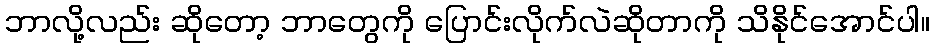
ဘာလို့လည်း ဆိုတော့ ဘာတွေကို ပြောင်းလိုက်လဲဆိုတာကို သိနိုင်အောင်ပါ။